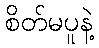
စိတ်မပူနဲ့